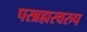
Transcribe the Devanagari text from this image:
परब्रह्मस्वरुप